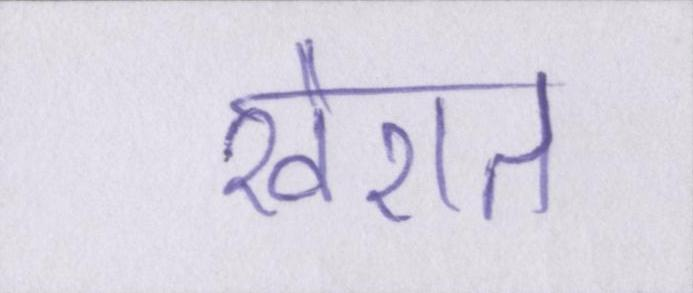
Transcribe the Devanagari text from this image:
खैरात